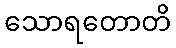
သောရတောတိ